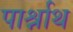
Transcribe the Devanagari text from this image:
पार्श्नाथ